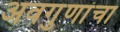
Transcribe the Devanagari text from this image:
अवगुणांचा